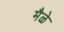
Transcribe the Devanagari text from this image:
मैळे